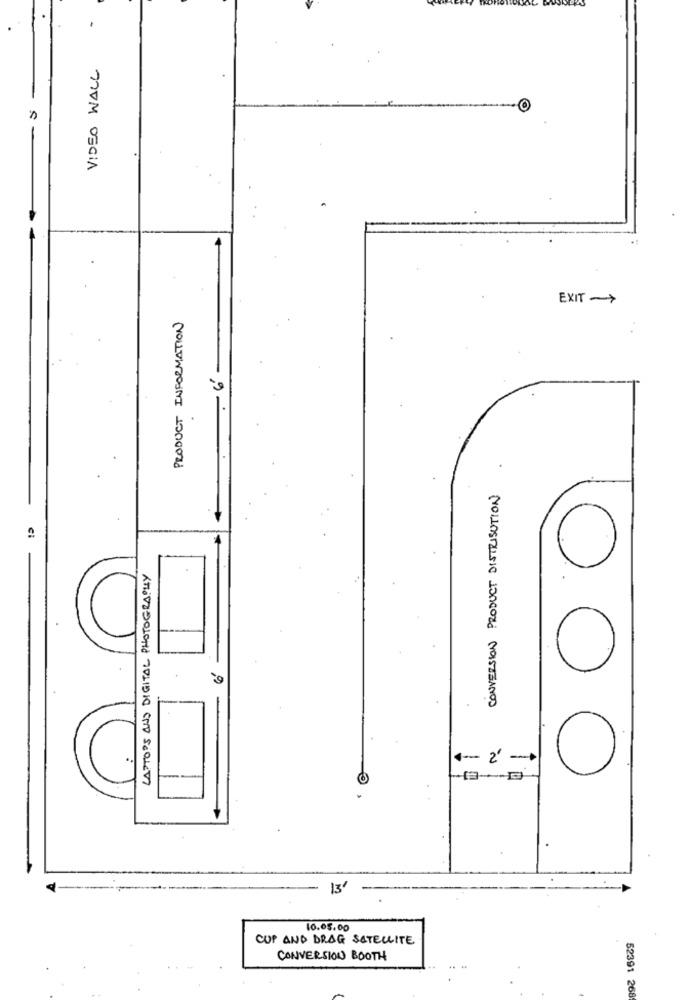
VIDEO WALL
S
EXIT ->
PRODUCT INFORMATION
CONVERSION PRODUCT DISTRIBUTION
ci
LAPTOPS AUS DIGITAL PHOTOGRAPHY
1-2 -
13'
10.05.00
CUP AND DRAG SATELLITE
CONVERSION BOOTH
52391 268